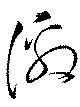
激